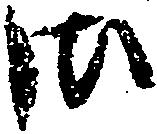
御